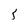
Character: 5